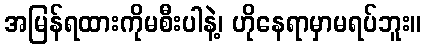
အမြန်ရထားကိုမစီးပါနဲ့၊ ဟိုနေရာမှာမရပ်ဘူး။